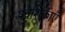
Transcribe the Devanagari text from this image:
प्रवेशिकाएँ